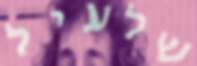
שלעיל